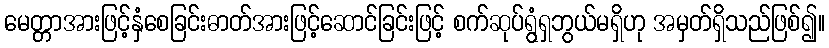
မေတ္တာအားဖြင့်နှံစေခြင်းဓာတ်အားဖြင့်ဆောင်ခြင်းဖြင့် စက်ဆုပ်ရွံရှဘွယ်မရှိဟု အမှတ်ရှိသည်ဖြစ်၍။